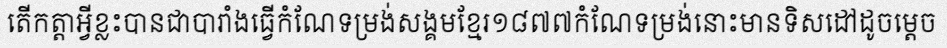
តើកត្តាអ្វីខ្លះបានជាបារាំងធ្វើកំណែទម្រង់សង្គមខ្មែរ១៨៧៧កំណែទម្រង់នោះមានទិសដៅដូចម្តេច